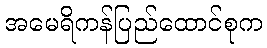
အမေရိကန်ပြည်ထောင်စုက